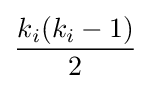
{\frac {k_{i}(k_{i}-1)}{2}}